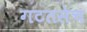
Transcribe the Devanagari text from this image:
गटतसेच